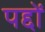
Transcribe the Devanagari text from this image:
पद्दों